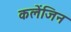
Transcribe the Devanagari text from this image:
कलेंजिन